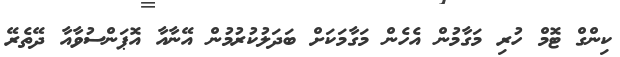
ކިންގް ޓޮމް ހުރި މަގާމުން އެހެން މަގާމަކަށް ބަދަލުކުރުމުން އޭނާއާ އޮޕަންސުވާއާ ދޭތެރޭ